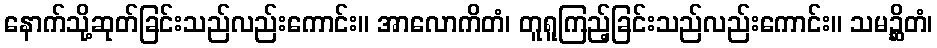
နောက်သို့ဆုတ်ခြင်းသည်လည်းကောင်း။ အာလောကိတံ၊ တူရူကြည့်ခြင်းသည်လည်းကောင်း။ သမဉ္ဆိတံ၊